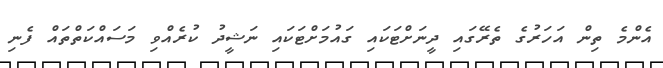
އެންމެ ތިން އަހަރުގެ ތެރޭގައި ދީނަށްޓަކައި ގައުމަށްޓަކައި ނަޝީދު ކުރެއްވި މަސައްކަތްތައް ފެނި